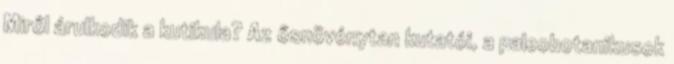
Miről árulkodik a kutikula? Az ősnövénytan kutatói, a paleobotanikusok